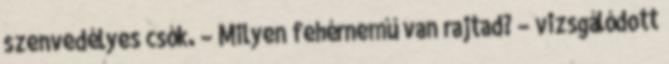
szenvedélyes csók. – Milyen fehérnemű van rajtad? – vizsgálódott